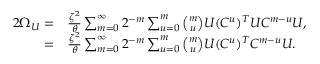
\begin{array} { r l } { 2 \Omega _ { U } = } & { { } \frac { \zeta ^ { 2 } } { \theta } \sum _ { m = 0 } ^ { \infty } { 2 ^ { - m } \sum _ { u = 0 } ^ { m } { \binom { m } { u } U ( C ^ { u } ) ^ { T } U C ^ { m - u } } U } , } \\ { = } & { { } \frac { \zeta ^ { 2 } } { \theta } \sum _ { m = 0 } ^ { \infty } { 2 ^ { - m } \sum _ { u = 0 } ^ { m } { \binom { m } { u } U ( C ^ { u } ) ^ { T } C ^ { m - u } } U } . } \end{array}